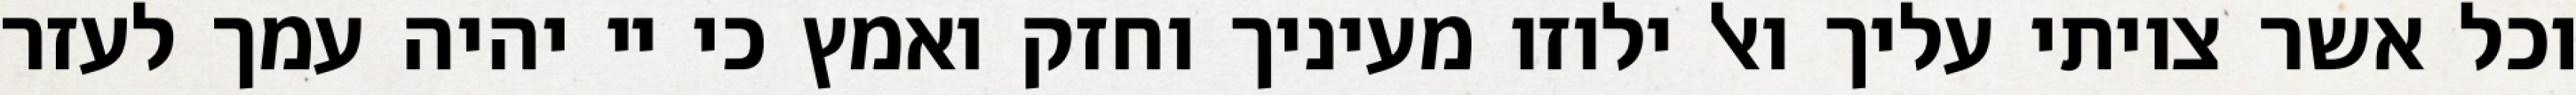
וכל אשר צויתי עליך ואל ילוזו מעיניך וחזק ואמץ כי יי יהיה עמך לעזר